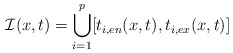
\begin{align*} \mathcal{I}(x,t)=\bigcup_{i=1}^p[t_{i,en}(x,t),t_{i,ex}(x,t)]\end{align*}